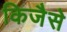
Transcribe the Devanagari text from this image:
किजैसे